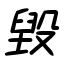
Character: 毀